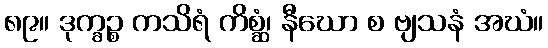
၈၉။ ဒုက္ခဉ္စ ကသိရံ ကိစ္ဆံ၊ နီဃော စ ဗျသနံ အဃံ။